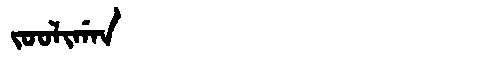
Manchu: ᠵᠣᠣᠯᡳᡤᠠᠨ
Romanization: JOOLIGAN